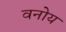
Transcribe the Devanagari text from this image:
वनोय